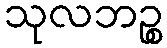
သုလဘဉ္စ